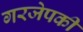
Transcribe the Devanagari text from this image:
गरजेपकी